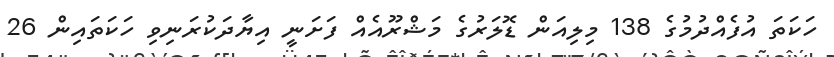
ހަކަތަ އުފެއްދުމުގެ 138 މިލިއަން ޑޮލަރުގެ މަޝްރޫއެއް ފަށަނީ އިޔާދަކުރަނިވި ހަކަތައިން 26